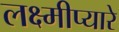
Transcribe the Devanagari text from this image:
लक्ष्मीप्यारे